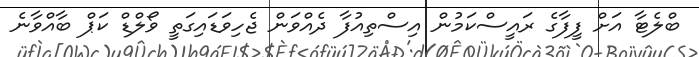
ބްލެޓާ އަށް ފީފާގެ ރައީސްކަމުން އިސްތިއުފާ ދެއްވަން ޖެހިވަޑައިގަތީ ވޯލްޑް ކަޕް ބާއްވާނެ